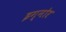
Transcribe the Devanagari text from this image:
इग्नोर